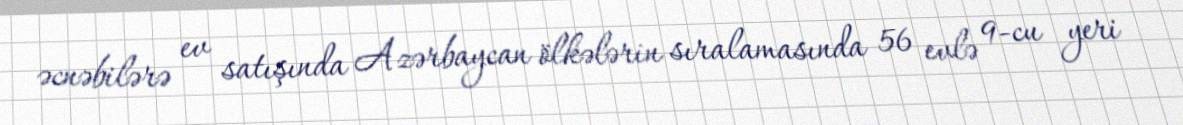
əcnəbilərə ev satışında Azərbaycan ölkələrin sıralamasında 56 evlə 9-cu yeri